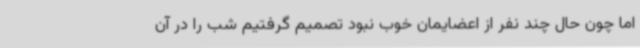
اما چون حال چند نفر از اعضایمان خوب نبود تصمیم گرفتیم شب را در آن